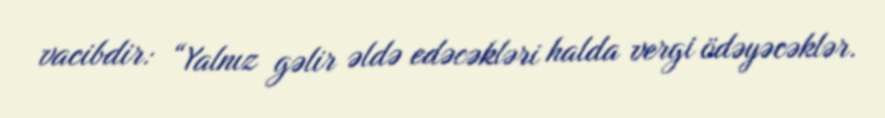
vacibdir: “Yalnız gəlir əldə edəcəkləri halda vergi ödəyəcəklər.